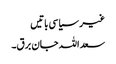
غیر سیاسی باتیں
سعد اللہ جان برق۔